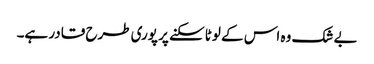
بے شک وہ اس کے لوٹا سکنے پر پوری طرح قادر ہے۔